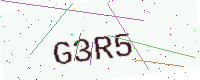
Text: G3R5